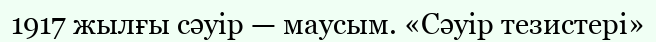
1917 жылғы сәуір — маусым. «Сәуір тезистері»